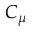
C _ { \mu }